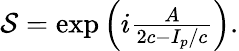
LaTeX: \begin{array}{r}{{\cal S}=\exp\left(i\frac{A}{2c-I_{p}/c}\right).}\end{array}